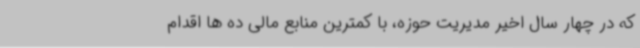
که در چهار سال اخیر مدیریت حوزه، با کمترین منابع مالی ده ها اقدام